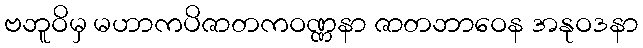
ဗဘူဝိမှ မဟာကပိဇာတကဝဏ္ဏနာ ဇာတဘာဝေန အနုဝဒနာ